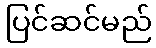
ပြင်ဆင်မည်